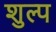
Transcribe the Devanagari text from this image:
शुल्प